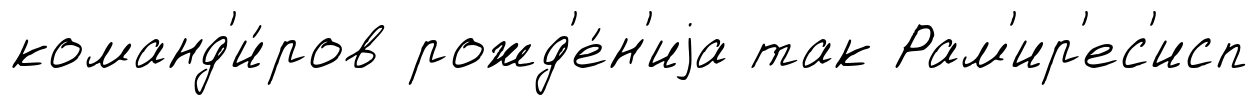
команд'и́ров рожд'е́н'иjа так Рам'ир'ес'исп